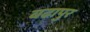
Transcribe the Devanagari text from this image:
बढापुर